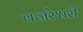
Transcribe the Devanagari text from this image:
वजरेश्वरी